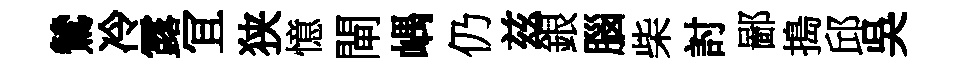
鷥冷露冝狭憶閘嵎仍兹銀腦柴討鄙搗邱吳